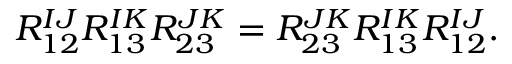
R _ { 1 2 } ^ { I J } R _ { 1 3 } ^ { I K } R _ { 2 3 } ^ { J K } = R _ { 2 3 } ^ { J K } R _ { 1 3 } ^ { I K } R _ { 1 2 } ^ { I J } .